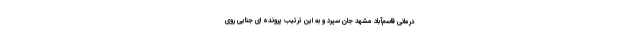
درمانی قاسم‌آباد مشهد جان سپرد و به این ترتیب پرونده ای جنایی روی